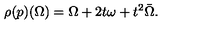
\rho ( p ) ( \Omega ) = \Omega + 2 t \omega + t ^ { 2 } \bar { \Omega } .